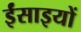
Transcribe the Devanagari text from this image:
ईंसाइयों